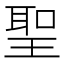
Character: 聖